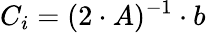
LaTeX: C_{i}=(2\cdot A)^{-1}\cdot b